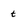
Character: t